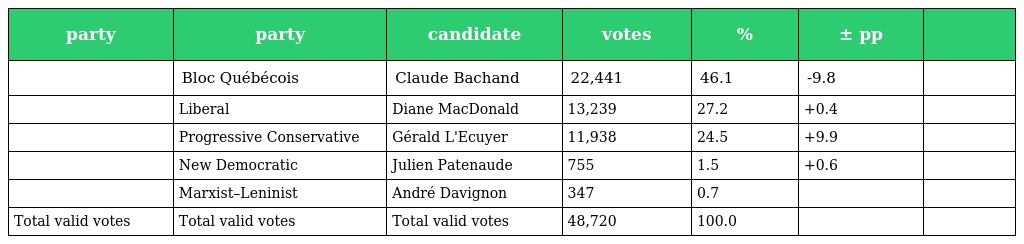
| party | party | candidate | votes | % | ± pp |  |
 | --- | --- | --- | --- | --- | --- | --- |
 |  | Bloc Québécois | Claude Bachand | 22,441 | 46.1 | -9.8 |  |
 |  | Liberal | Diane MacDonald | 13,239 | 27.2 | +0.4 |  |
 |  | Progressive Conservative | Gérald L'Ecuyer | 11,938 | 24.5 | +9.9 |  |
 |  | New Democratic | Julien Patenaude | 755 | 1.5 | +0.6 |  |
 |  | Marxist–Leninist | André Davignon | 347 | 0.7 |  |  |
 | Total valid votes | Total valid votes | Total valid votes | 48,720 | 100.0 |  |  |